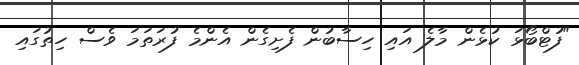
"ފުޓްބޯޅަ ކުޅެން މާލެ އައި ހިސާބުން ފެށިގެން އެންމެ ފުރަތަމަ ވެސް ހިތުގައި